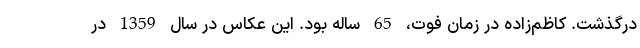
درگذشت. کاظم‌زاده در زمان فوت، 65 ساله بود. این عکاس در سال 1359 در